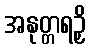
အနုတ္တရဉှိ